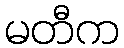
မတီက